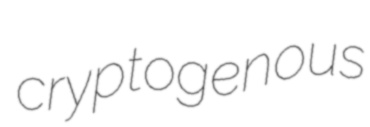
cryptogenous